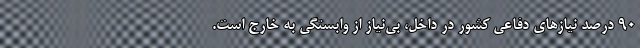
۹۰ درصد نیاز‌های دفاعی کشور در داخل، بی‌نیاز از وابستگی به خارج است.